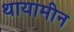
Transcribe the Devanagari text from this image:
थायामीन